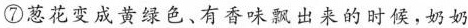
⑦葱花变成黄绿色、有香味飘出来的时候，奶奶